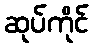
ဆုပ်ကိုင်